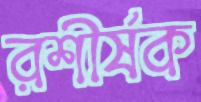
রশীর্ষক